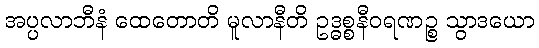
အပ္ပလာဘီနံ ထေတောတိ မူလာနီတိ ဥဒ္ဓစ္စနီဝရဏဉ္စ သွာဒယော